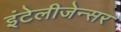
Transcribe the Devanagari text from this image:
इंटेलीजेन्सर